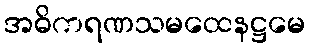
အဓိကရဏသမထေနဋ္ဌမေ